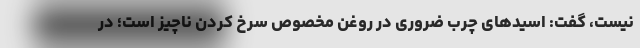
نیست، گفت: اسیدهای چرب ضروری در روغن مخصوص سرخ کردن ناچیز است؛ در